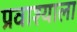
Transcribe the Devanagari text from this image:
प्रवाश्याला